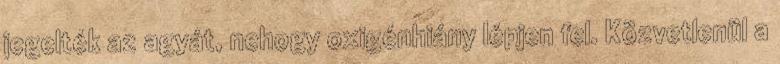
jegelték az agyát, nehogy oxigénhiány lépjen fel. Közvetlenül a